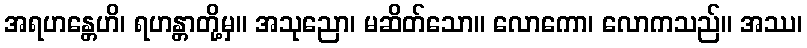
အရဟန္တေဟိ၊ ရဟန္တာတို့မှ။ အသုညော၊ မဆိတ်သော။ လောကော၊ လောကသည်။ အဿ၊